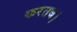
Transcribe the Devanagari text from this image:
करतब।